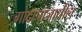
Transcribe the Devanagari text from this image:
गोदापाञातील